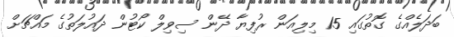
ބަދަލެއްގެ ގޮތުގައި 15 މިލިއަން ރުފިޔާ ދޭން ސިވިލް ކޯޓުން ދައުލަތުގެ މައްޗަށް